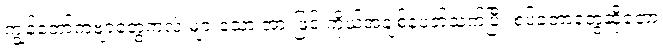
ကျွန်တော့်ကဗျာတွေကလဲ များသော အားဖြင့် ကိုယ့်အချစ်နဲ့ပတ်သက်ပြီး စပ်ခဲ့တာတွေဆိုတော့